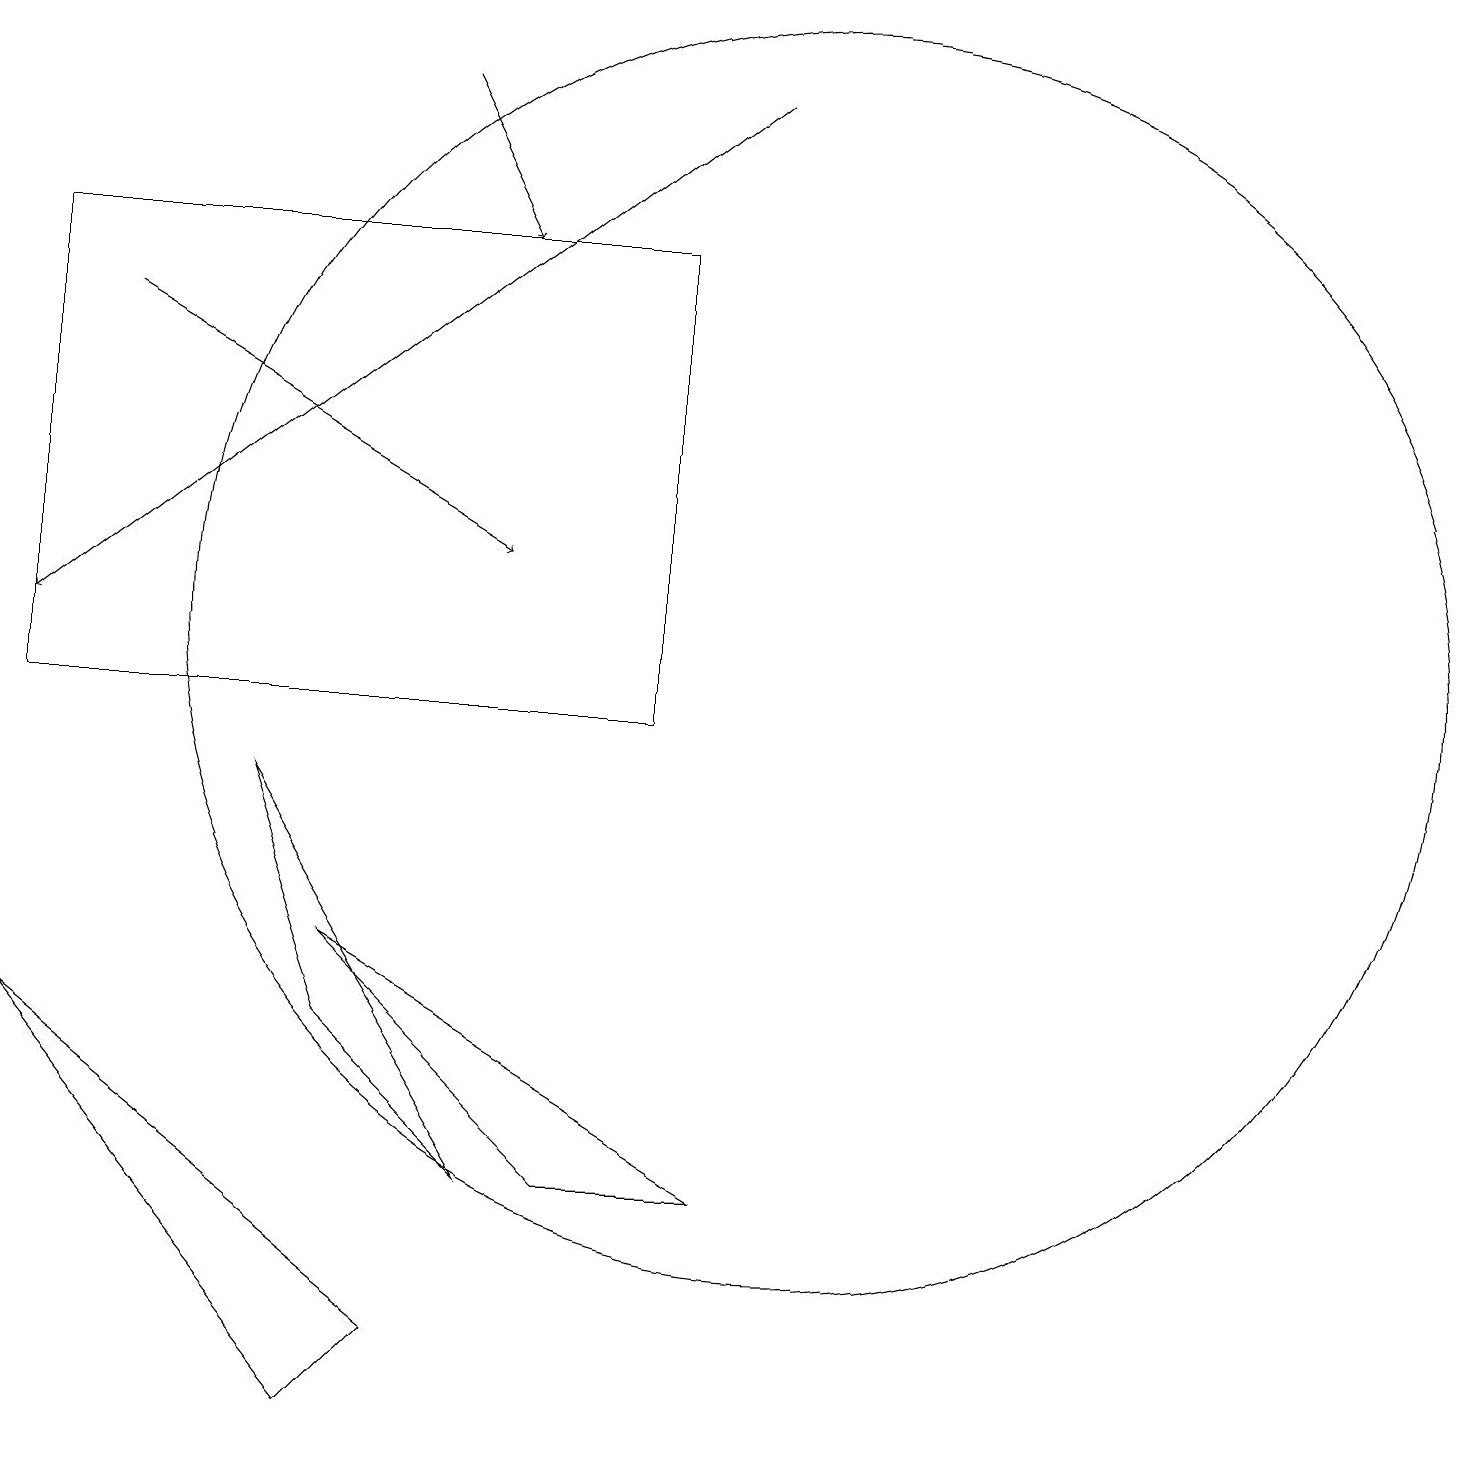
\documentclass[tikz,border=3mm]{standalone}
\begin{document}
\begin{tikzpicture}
\draw (3,9) -- (4,6) -- (6,4) -- cycle;
\draw[->] (9,18) -- (0,11);
\draw[->] (1,15) -- (6,12);
\draw (10,11) circle (8);
\draw (5,2) -- (4,1) -- (0,6) -- cycle;
\draw[->] (5,18) -- (6,16);
\draw (8,10) rectangle (0,16);
\draw (7,4) -- (9,4) -- (4,7) -- cycle;
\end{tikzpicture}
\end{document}